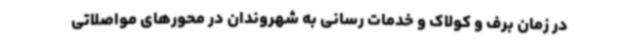
در زمان برف و کولاک و خدمات رسانی به شهروندان در محورهای مواصلاتی